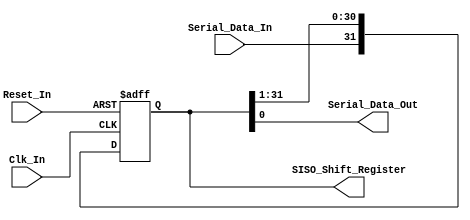
/*
Verilog Code, to implement a Serial-In-Serial-Out - SISO - 32-Bit Shift Register.



Author : Prasad Narayan Ghatol
*/



module Serial_In_Serial_Out_SISO_32_Bit (
    input             Clk_In,
    input             Reset_In,

    input             Serial_Data_In,
    output            Serial_Data_Out,
    output reg [31:0] SISO_Shift_Register
);



// --------------------------------------------------
// Assignments
// --------------------------------------------------
assign Serial_Data_Out = SISO_Shift_Register[0];



// --------------------------------------------------
// Serial-In-Serial-Out - SISO - 32-Bit Shift Register Logic
// --------------------------------------------------
always @ (negedge Clk_In or posedge Reset_In)
    begin
        if (Reset_In)
            begin
                SISO_Shift_Register <= 32'b0;
            end
        else
            begin
                SISO_Shift_Register[31] <= Serial_Data_In;
                SISO_Shift_Register[30] <= SISO_Shift_Register[31];
                SISO_Shift_Register[29] <= SISO_Shift_Register[30];
                SISO_Shift_Register[28] <= SISO_Shift_Register[29];
                SISO_Shift_Register[27] <= SISO_Shift_Register[28];
                SISO_Shift_Register[26] <= SISO_Shift_Register[27];
                SISO_Shift_Register[25] <= SISO_Shift_Register[26];
                SISO_Shift_Register[24] <= SISO_Shift_Register[25];
                SISO_Shift_Register[23] <= SISO_Shift_Register[24];
                SISO_Shift_Register[22] <= SISO_Shift_Register[23];
                SISO_Shift_Register[21] <= SISO_Shift_Register[22];
                SISO_Shift_Register[20] <= SISO_Shift_Register[21];
                SISO_Shift_Register[19] <= SISO_Shift_Register[20];
                SISO_Shift_Register[18] <= SISO_Shift_Register[19];
                SISO_Shift_Register[17] <= SISO_Shift_Register[18];
                SISO_Shift_Register[16] <= SISO_Shift_Register[17];
                SISO_Shift_Register[15] <= SISO_Shift_Register[16];
                SISO_Shift_Register[14] <= SISO_Shift_Register[15];
                SISO_Shift_Register[13] <= SISO_Shift_Register[14];
                SISO_Shift_Register[12] <= SISO_Shift_Register[13];
                SISO_Shift_Register[11] <= SISO_Shift_Register[12];
                SISO_Shift_Register[10] <= SISO_Shift_Register[11];
                SISO_Shift_Register[9]  <= SISO_Shift_Register[10];
                SISO_Shift_Register[8]  <= SISO_Shift_Register[9];
                SISO_Shift_Register[7]  <= SISO_Shift_Register[8];
                SISO_Shift_Register[6]  <= SISO_Shift_Register[7];
                SISO_Shift_Register[5]  <= SISO_Shift_Register[6];
                SISO_Shift_Register[4]  <= SISO_Shift_Register[5];
                SISO_Shift_Register[3]  <= SISO_Shift_Register[4];
                SISO_Shift_Register[2]  <= SISO_Shift_Register[3];
                SISO_Shift_Register[1]  <= SISO_Shift_Register[2];
                SISO_Shift_Register[0]  <= SISO_Shift_Register[1];
            end
    end



endmodule